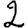
Digit: 2